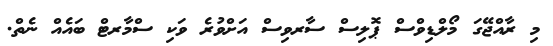
މި ރާއްޖޭގަ މޯލްޑިވްސް ޕޮލިސް ސާރވިސް އަށްވުރެ ވަކި ސްމާރޓް ބައެއް ނެތް.